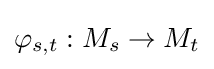
\varphi _{s,t}:M_{s}\to M_{t}